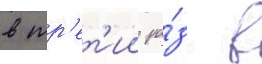
в тр'ет'ии ра́з в